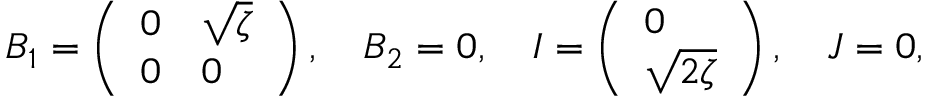
B _ { 1 } = \left( \begin{array} { l l } { { 0 } } & { { \sqrt { \zeta } } } \\ { { 0 } } & { { 0 } } \end{array} \right) , \quad B _ { 2 } = 0 , \quad I = \left( \begin{array} { l } { { 0 } } \\ { { \sqrt { 2 \zeta } } } \end{array} \right) , \quad J = 0 ,